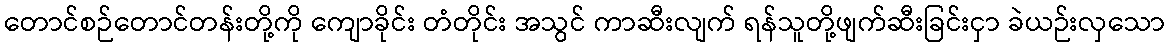
တောင်စဉ်တောင်တန်းတို့ကို ကျောခိုင်း တံတိုင်း အသွင် ကာဆီးလျက် ရန်သူတို့ဖျက်ဆီးခြင်းငှာ ခဲယဉ်းလှသော